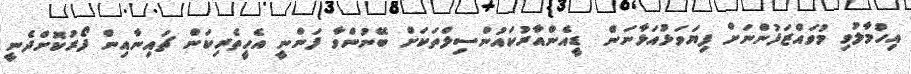
އިހުމާލުވި މުވައްޒަފުންނަށް ފިޔަވަޅުއަޅާނަން  ޑީއެންއާރުކައުންސިލްތަކަށް ބޭނުންވާ ފަންނީ އެހީތެރިކަން ޗައިނާއިން ފޯރުކޮށްދެނީ